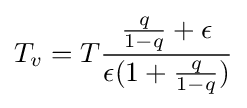
T_{v}=T{\frac {{\frac {q}{1-q}}+\epsilon }{\epsilon (1+{\frac {q}{1-q}})}}